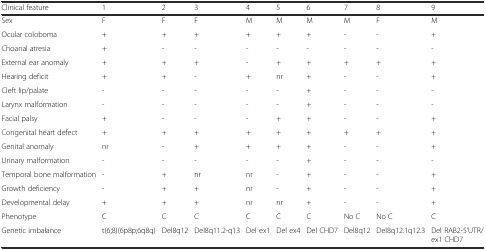
<table><thead><tr><td><b>Clinical feature</b></td><td><b>1</b></td><td><b>2</b></td><td><b>3</b></td><td><b>4</b></td><td><b>5</b></td><td><b>6</b></td><td><b>7</b></td><td><b>8</b></td><td><b>9</b></td></tr></thead><tbody><tr><td>Sex</td><td>F</td><td>F</td><td>F</td><td>M</td><td>M</td><td>M</td><td>M</td><td>F</td><td>M</td></tr><tr><td>Ocular coloboma</td><td>+</td><td>+</td><td>+</td><td>+</td><td>+</td><td>+</td><td>-</td><td>-</td><td>+</td></tr><tr><td>Choanal atresia</td><td>+</td><td>-</td><td>-</td><td>-</td><td>-</td><td>-</td><td>-</td><td>-</td><td>-</td></tr><tr><td>External ear anomaly</td><td>+</td><td>+</td><td>+</td><td>-</td><td>+</td><td>+</td><td>+</td><td>+</td><td>+</td></tr><tr><td>Hearing deficit</td><td>+</td><td>+</td><td>-</td><td>+</td><td>nr</td><td>+</td><td>-</td><td>-</td><td>+</td></tr><tr><td>Cleft lip/palate</td><td>-</td><td>-</td><td>-</td><td>-</td><td>-</td><td>+</td><td>-</td><td>-</td><td>-</td></tr><tr><td>Larynx malformation</td><td>-</td><td>-</td><td>-</td><td>-</td><td>-</td><td>+</td><td>-</td><td>-</td><td>-</td></tr><tr><td>Facial palsy</td><td>+</td><td>-</td><td>-</td><td>-</td><td>+</td><td>+</td><td>-</td><td>-</td><td>+</td></tr><tr><td>Congenital heart defect</td><td>+</td><td>+</td><td>+</td><td>+</td><td>+</td><td>+</td><td>+</td><td>+</td><td>+</td></tr><tr><td>Genital anomaly</td><td>nr</td><td>-</td><td>+</td><td>+</td><td>+</td><td>+</td><td>-</td><td>-</td><td>+</td></tr><tr><td>Urinary malformation</td><td>-</td><td>-</td><td>-</td><td>-</td><td>-</td><td>+</td><td>-</td><td>-</td><td>-</td></tr><tr><td>Temporal bone malformation</td><td>-</td><td>+</td><td>nr</td><td>nr</td><td>-</td><td>+</td><td>-</td><td>-</td><td>+</td></tr><tr><td>Growth deficiency</td><td>-</td><td>+</td><td>+</td><td>nr</td><td>-</td><td>+</td><td>-</td><td>-</td><td>+</td></tr><tr><td>Developmental delay</td><td>+</td><td>+</td><td>+</td><td>nr</td><td>nr</td><td>+</td><td>-</td><td>-</td><td>+</td></tr><tr><td>Phenotype</td><td>C</td><td>C</td><td>C</td><td>C</td><td>C</td><td>C</td><td>No C</td><td>No C</td><td>C</td></tr><tr><td>Genetic imbalance</td><td>t(6;8)(6p8p;6q8q)</td><td>Del8q12</td><td>Del8q11.2-q13</td><td>Del ex1</td><td>Del ex4</td><td>Del CHD7</td><td>Del8q12</td><td>Del8q12.1q12.3</td><td>Del RAB2-5’UTR/ex1 CHD7</td></tr></tbody></table>